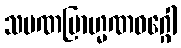
သမဏဗြာဟ္မဏဝဂ္ဂေါ